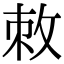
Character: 敇